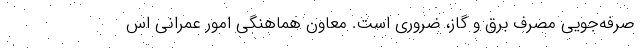
صرفه‌جویی مصرف برق و گاز، ضروری است. معاون هماهنگی امور عمرانی اس